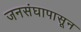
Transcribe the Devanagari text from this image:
जनसंघापासून